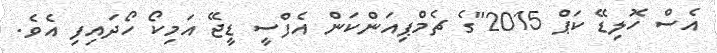
އެސް ހޮލިޑޭ ކަޕް 2015"ގެ ޗެމްޕިއަންކަން އެފްސީ ޑީޖޭ އަމިކޯ ހޯދައިފި އެވެ.